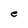
Character: e